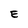
Character: E